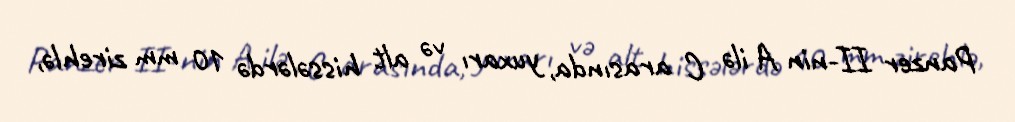
Panzer II-nin A ilə C arasında, yuxarı və alt hissələrdə 10 mm zirehlə,